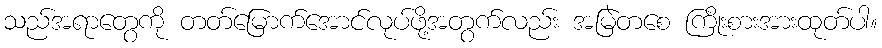
သည်အရာတွေကို တတ်မြောက်အောင်လုပ်ဖို့အတွက်လည်း အမြဲတစေ ကြိုးစားအားထုတ်ပါ။